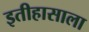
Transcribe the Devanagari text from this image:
इतीहासाला